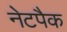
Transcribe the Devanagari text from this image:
नेटपैक